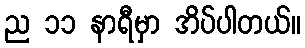
ည ၁၁ နာရီမှာ အိပ်ပါတယ်။